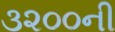
૩૨૦૦ની